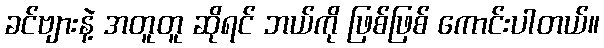
ခင်ဗျားနဲ့ အတူတူ ဆိုရင် ဘယ်ကို ဖြစ်ဖြစ် ကောင်းပါတယ်။